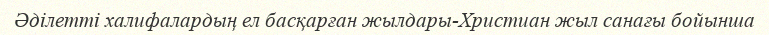
Әділетті халифалардың ел басқарған жылдары-Христиан жыл санағы бойынша